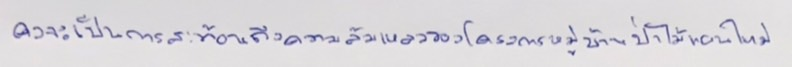
คงจะเป็นการสะท้อนถึงความล้มเหลวของโครงการหมู่บ้านป่าไม้แผนใหม่